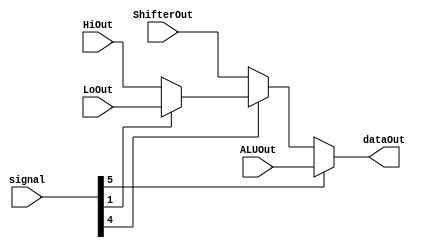
`timescale 1ns/1ns
module MUX( signal, ALUOut, HiOut, LoOut, ShifterOut, dataOut );
input [31:0] ALUOut ;
input [31:0] HiOut ;
input [31:0] LoOut ;
input [31:0] ShifterOut ;
input [5:0] signal ;
output [31:0] dataOut ;

parameter AND = 6'b100100;
parameter OR  = 6'b100101;
parameter ADD = 6'b100000;
parameter SUB = 6'b100010;
parameter SLT = 6'b101010;
parameter SRL = 6'b000010;
parameter MFHI= 6'b010000;
parameter MFLO= 6'b010010;

assign dataOut = ( signal[5] ) ? ALUOut :
                 ( signal[4] ) ? ( ( signal[1] ) ? LoOut : HiOut ) : ShifterOut ; 

endmodule